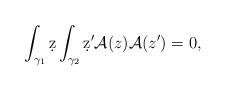
LaTeX: \begin{align*}\int_{\gamma_1} \d z \int_{\gamma_2} \d z' {\cal A}(z){\cal A}(z')=0,\end{align*}